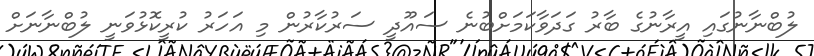
ލުބްނާނުގައި އީރާނުގެ ބާރު ގަދަވާކަމަށްބުނެ ސައޫދީ ސަރުކާރުން މި އަހަރު ކުރީކޮޅުވަނީ ލުބްނާނަށް